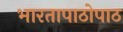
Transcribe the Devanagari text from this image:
भारतापाठोपाठ